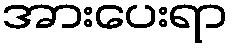
အားပေးရာ